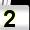
Digit: 2